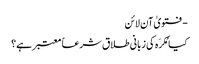
- فتویٰ آن لائن
کیا مُکرَہ کی زبانی طلاق شرعاً معتبر ہے؟